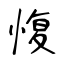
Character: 愎